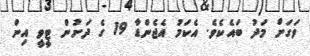
ވަގަށް މަދު ބައެކެވެ. އެކަމު އެޖެންޑާ 19 ގެ ދަށުން ޓީވީ އިން